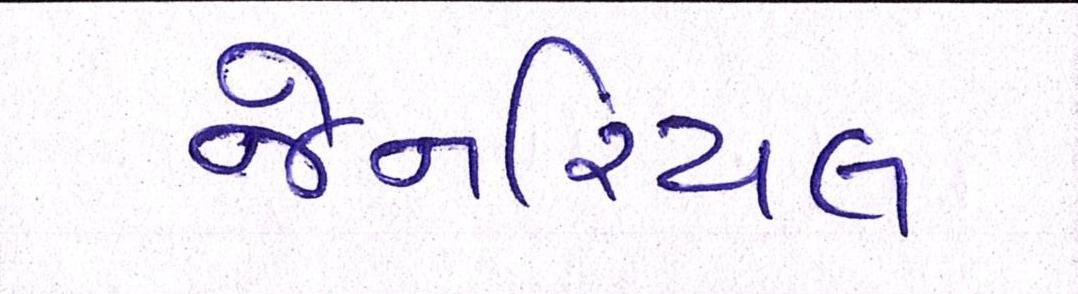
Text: જેનરિયલ